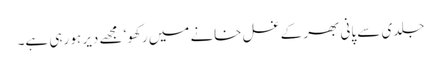
جلدی سے پانی بھر کے غسل خانے میں رکھو‘ مجھے دیر ہو رہی ہے۔